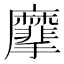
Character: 𪎮